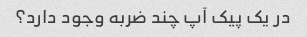
در یک پیک آپ چند ضربه وجود دارد؟